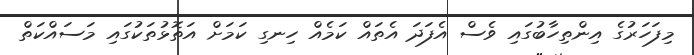
މިފަހަރުގެ އިންތިހާބުގައި ވެސް އެފަދަ އެތައް ކަމެއް ހިނގި ކަމަށް އަތޮޅުތަކުގައި މަސައްކަތް